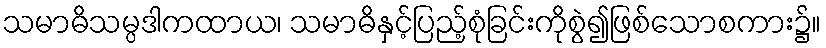
သမာဓိသမ္ပဒါကထာယ၊ သမာဓိနှင့်ပြည့်စုံခြင်းကိုစွဲ၍ဖြစ်သောစကား၌။